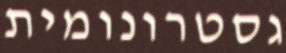
גסטרונומית